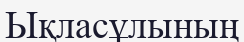
Ықласұлының